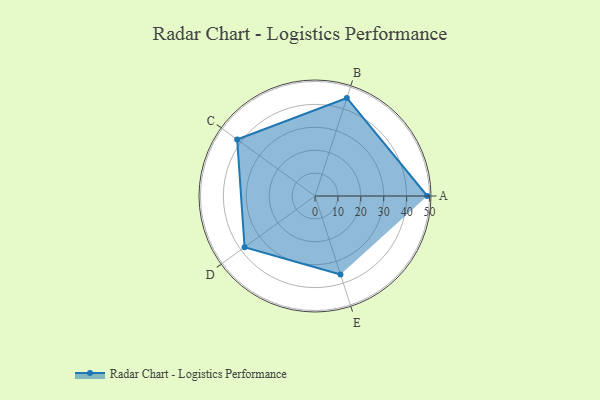
{"axis": {"x": "Skill", "y": "Score"}, "legend": ["Profile"], "data": [{"x": "A", "y": 49.0, "type": "Profile"}, {"x": "B", "y": 45.0, "type": "Profile"}, {"x": "C", "y": 42.0, "type": "Profile"}, {"x": "D", "y": 38.0, "type": "Profile"}, {"x": "E", "y": 36.0, "type": "Profile"}]}